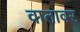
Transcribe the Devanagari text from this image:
वातावर